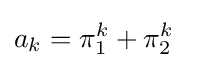
a_{k}=\pi _{1}^{k}+\pi _{2}^{k}\